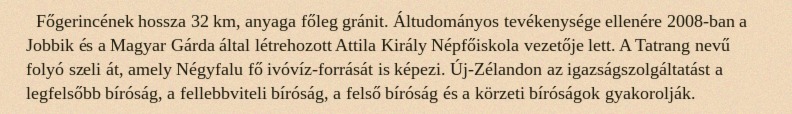
Főgerincének hossza 32 km, anyaga főleg gránit. Áltudományos tevékenysége ellenére 2008-ban a Jobbik és a Magyar Gárda által létrehozott Attila Király Népfőiskola vezetője lett. A Tatrang nevű folyó szeli át, amely Négyfalu fő ivóvíz-forrását is képezi. Új-Zélandon az igazságszolgáltatást a legfelsőbb bíróság, a fellebbviteli bíróság, a felső bíróság és a körzeti bíróságok gyakorolják.